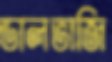
ডালভাজি